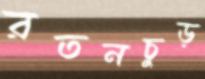
রতনচুড়